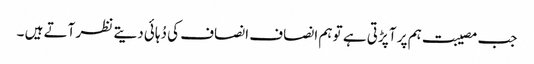
جب مصیبت ہم پر آ پڑتی ہے تو ہم انصاف انصاف کی دُہائی دیتے نظر آتے ہیں ۔